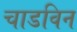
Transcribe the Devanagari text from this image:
चाडविन